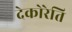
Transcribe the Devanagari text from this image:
देकोरेति